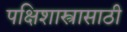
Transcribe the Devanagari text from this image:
पक्षिशास्त्रासाठी